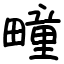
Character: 疃